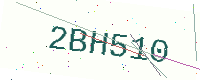
Text: 2BH510